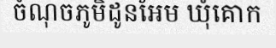
ចំណុចភូមិដូនអែម ឃុំគោក